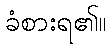
ခံစားရ၏။